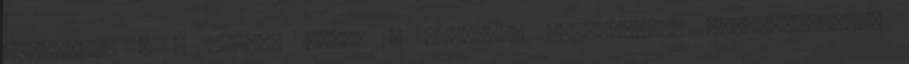
hónapját, c a gyártó által a termékre alkalmazott típusazonosító